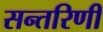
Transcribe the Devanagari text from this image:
सन्तरिणी